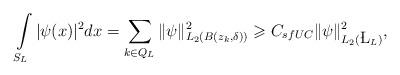
LaTeX: \begin{align*}\int\limits_{S_L} |\psi(x)|^2 dx=\sum\limits_{k\in Q_L} \|\psi\|_{L_2(B(z_k,\delta))}^2\geqslant C_{sfUC} \|\psi\|_{L_2(\L_L)}^2,\end{align*}